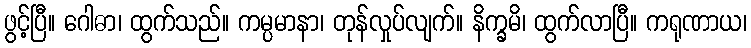
ဖွင့်ပြီ။ ဂေါဓာ၊ ထွက်သည်။ ကမ္ပမာနာ၊ တုန်လှုပ်လျက်။ နိက္ခမိ၊ ထွက်လာပြီ။ ကရုဏာယ၊